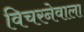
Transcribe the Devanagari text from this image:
विचरनेवाला